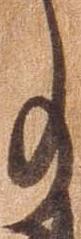
事